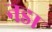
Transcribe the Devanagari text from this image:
नडा